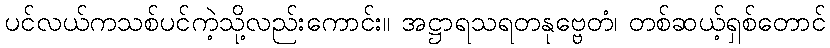
ပင်လယ်ကသစ်ပင်ကဲ့သို့လည်းကောင်း။ အဋ္ဌာရသရတနုဗ္ဗေတံ၊ တစ်ဆယ့်ရှစ်တောင်